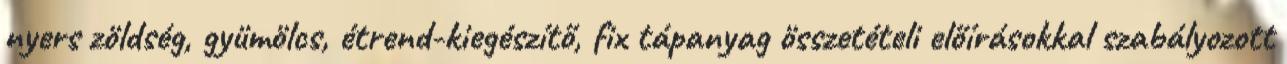
nyers zöldség, gyümölcs, étrend-kiegészítő, fix tápanyag összetételi előírásokkal szabályozott